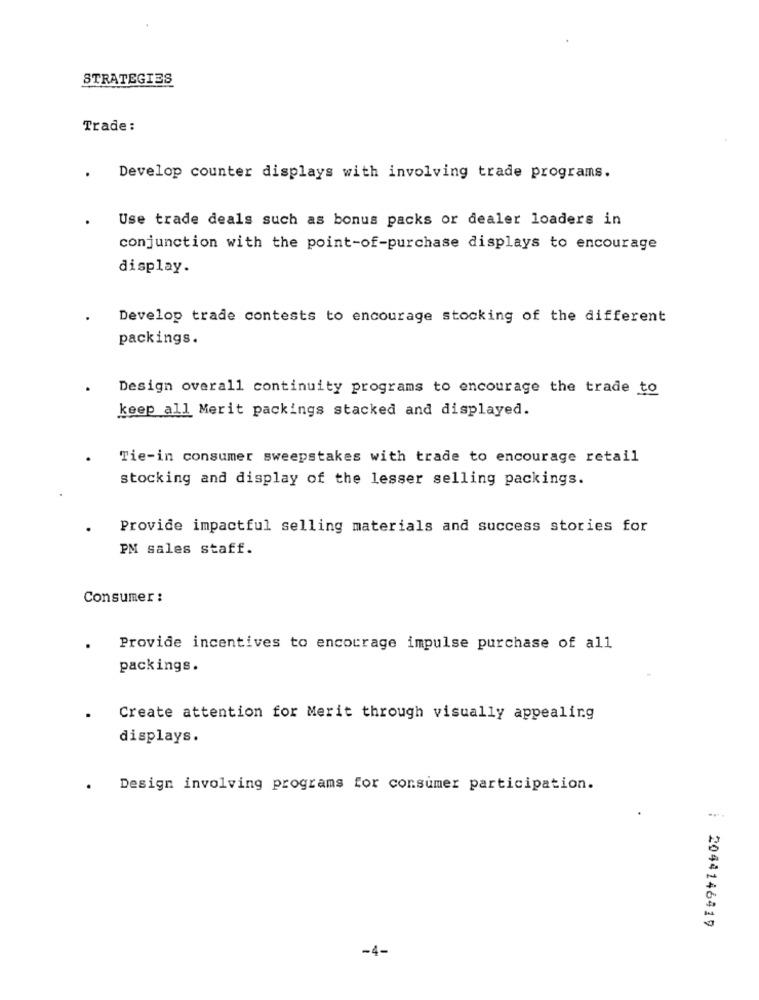
STRATEGIES
Trade:
Develop counter displays with involving trade programs.
Use trade deals such as bonus packs or dealer loaders in
conjunction with the point-of-purchase displays to encourage
display.
Develop trade contests to encourage stocking of the different
packings.
Design overall continuity programs to encourage the trade to
keep all Merit packings stacked and displayed.
Tie-in consumer sweepstakes with trade to encourage retail
stocking and display of the lesser selling packings.
Provide impactful selling materials and success stories for
PM sales staff.
Consumer :
. Provide incentives to encourage impulse purchase of all
packings.
Create attention for Merit through visually appealing
displays.
Design involving programs for consumer participation.
2044146419
-4-